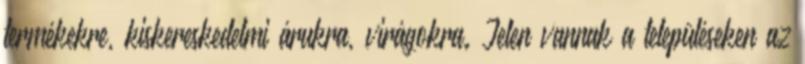
termékekre, kiskereskedelmi árukra, virágokra. Jelen vannak a településeken az